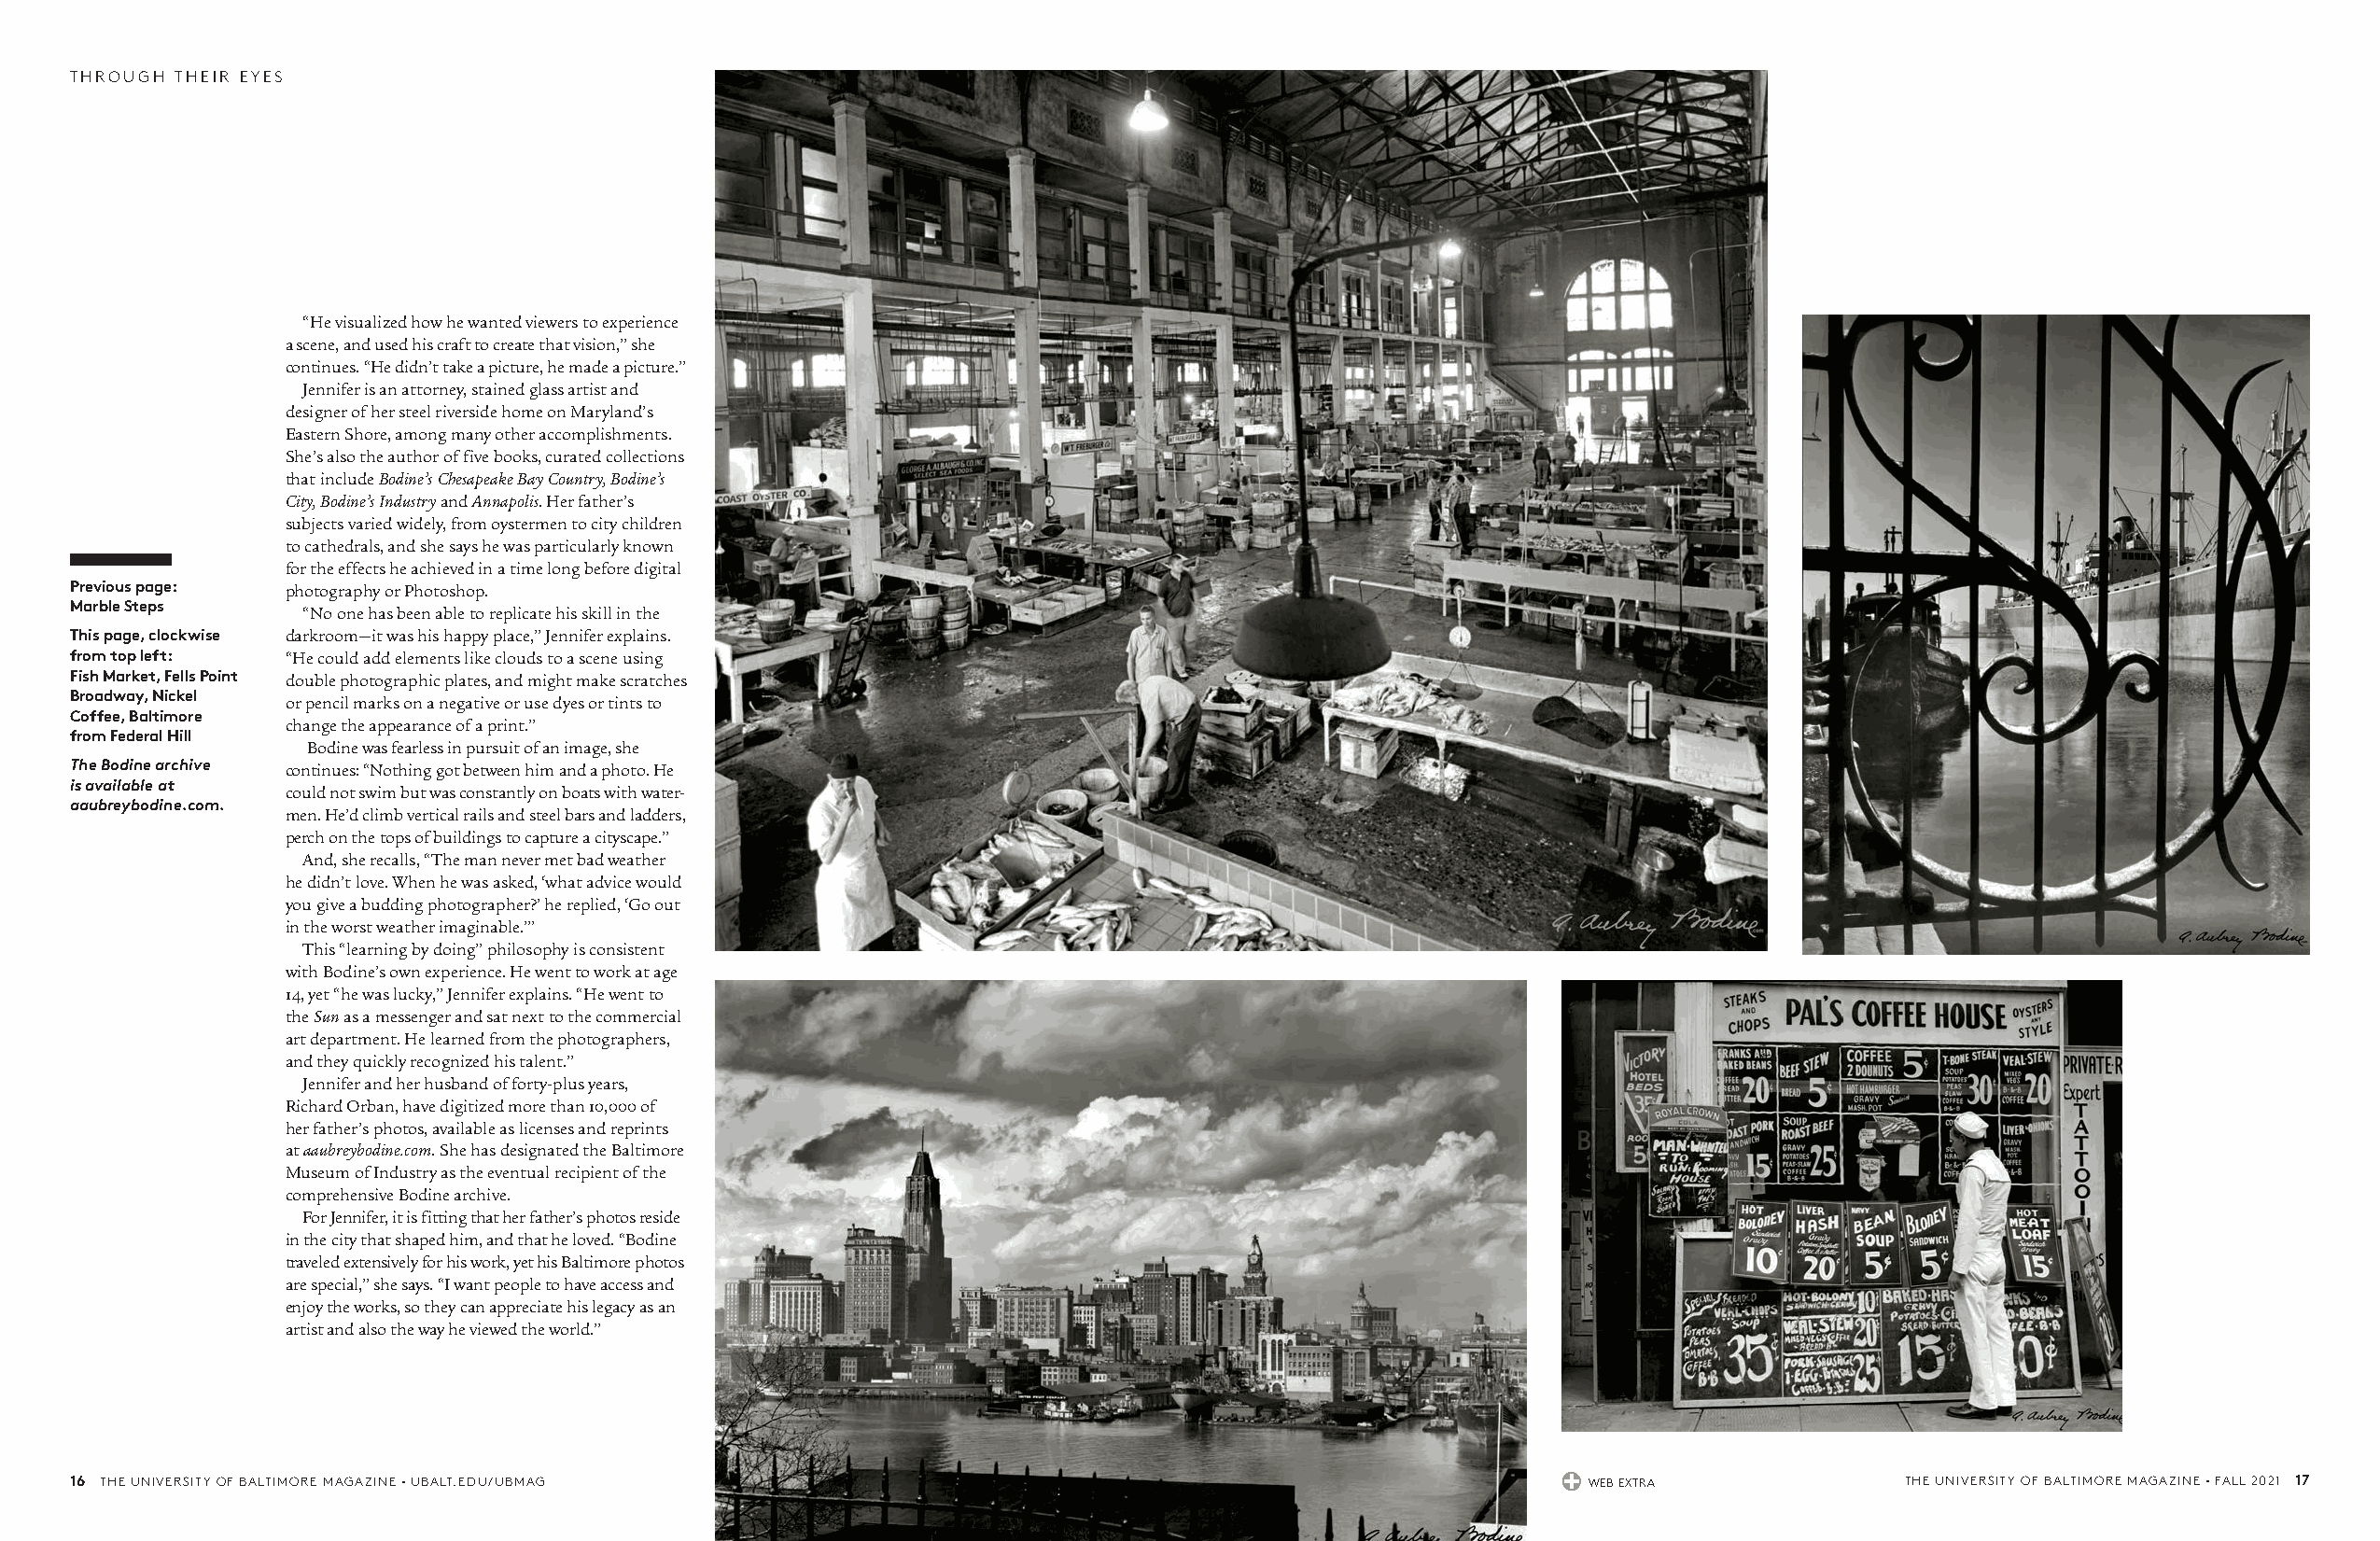
THROUGH THEIR EYES
 “He visualized how he wanted viewers to experience
 a scene, and used his craft to create that vision,” she
 continues. “He didn’t take a picture, he made a picture.”
 Jennifer is an attorney, stained glass artist and
 designer of her steel riverside home on Maryland’s
 Eastern Shore, among many other accomplishments.
 She’s also the author of five books, curated collections
 that include Bodine’s Chesapeake Bay Country, Bodine’s
 City, Bodine’s Industry and Annapolis. Her father’s
 subjects varied widely, from oystermen to city children
 to cathedrals, and she says he was particularly known
 for the effects he achieved in a time long before digital
 Previous page: photography or Photoshop.
 Marble Steps
 “No one has been able to replicate his skill in the
 This page, clockwise darkroom—it was his happy place,” Jennifer explains.
 from top left: “He could add elements like clouds to a scene using
 Fish Market, Fells Point double photographic plates, and might make scratches
 Broadway, Nickel
 or pencil marks on a negative or use dyes or tints to
 Coffee, Baltimore
 change the appearance of a print.”
 from Federal Hill
 Bodine was fearless in pursuit of an image, she
 The Bodine archive continues: “Nothing got between him and a photo. He
 is available at
 could not swim but was constantly on boats with water-
 aaubreybodine.com.
 men. He’d climb vertical rails and steel bars and ladders,
 perch on the tops of buildings to capture a cityscape.”
 And, she recalls, “The man never met bad weather
 he didn’t love. When he was asked, ‘what advice would
 you give a budding photographer?’ he replied, ‘Go out
 in the worst weather imaginable.’”
 This “learning by doing” philosophy is consistent
 with Bodine’s own experience. He went to work at age
 14, yet “he was lucky,” Jennifer explains. “He went to
 the Sun as a messenger and sat next to the commercial
 art department. He learned from the photographers,
 and they quickly recognized his talent.”
 Jennifer and her husband of forty-plus years,
 Richard Orban, have digitized more than 10,000 of
 her father’s photos, available as licenses and reprints
 at aaubreybodine.com. She has designated the Baltimore
 Museum of Industry as the eventual recipient of the
 comprehensive Bodine archive.
 For Jennifer, it is fitting that her father’s photos reside
 in the city that shaped him, and that he loved. “Bodine
 traveled extensively for his work, yet his Baltimore photos
 are special,” she says. “I want people to have access and
 enjoy the works, so they can appreciate his legacy as an
 artist and also the way he viewed the world.”
 16 THE UNIVERSITY OF BALTIMORE MAGAZINE • UBALT.EDU/UBMAG                                                   WEB EXTRA             THE UNIVERSITY OF BALTIMORE MAGAZINE • FALL 2021 17